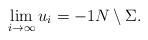
LaTeX: \begin{align*} \lim_{i \to \infty} u_i = -1 N \setminus \Sigma.\end{align*}